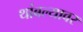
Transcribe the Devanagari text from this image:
थांबल्यावर